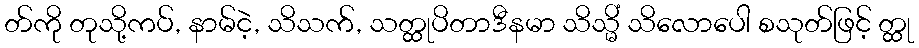
တ်ကို တုသို့ကပ်, နာမ်ငဲ့, သိသက်, သတ္ထုပိတာဒီနမာ သိသ္မိံ သိလောပေါ စသုတ်ဖြင့် တ္ထု